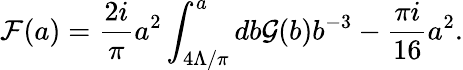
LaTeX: {\cal F}(a)={\frac{2i}{\pi}}a^{2}\int_{4\Lambda/\pi}^{a}db{\cal G}(b)b^{-3}-{\frac{\pi i}{16}}a^{2}.